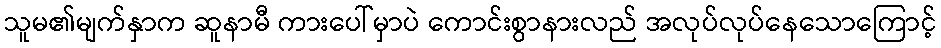
သူမ၏မျက်နှာက ဆူနာမီ ကားပေါ်မှာပဲ ကောင်းစွာနားလည် အလုပ်လုပ်နေသောကြောင့်